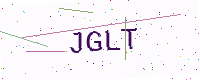
Text: JGLT